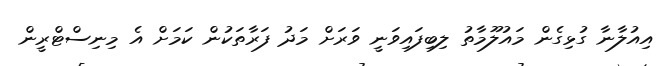
އިއުލާނާ ގުޅިގެން މައުލޫމާތު ލިބިފައިވަނީ ވަރަށް މަދު ފަރާތަކުން ކަމަށް އެ މިިނިސްޓްރީން